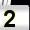
Digit: 2